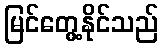
မြင်တွေ့နိုင်သည်